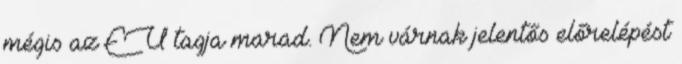
mégis az EU tagja marad. Nem várnak jelentős előrelépést